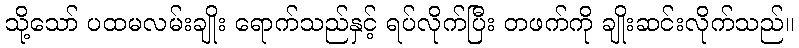
သို့သော် ပထမလမ်းချိုး ရောက်သည်နှင့် ရပ်လိုက်ပြီး တဖက်ကို ချိုးဆင်းလိုက်သည်။